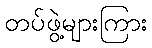
တပ်ဖွဲ့များကြား